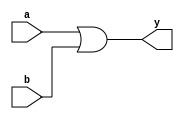
`timescale 1ns / 1ps
//////////////////////////////////////////////////////////////////////////////////
// Company: 
// Engineer: 
// 
// Design Name: 
// Module Name:    dor 
// Project Name: 
// Target Devices: 
// Tool versions: 
// Description: 
//
// Dependencies: 
//
// Revision: 
// Revision 0.01 - File Created
// Additional Comments: 
//
//////////////////////////////////////////////////////////////////////////////////
module dor(
    input a,
    input b,
    output y
    );
	 assign y= a|b;


endmodule